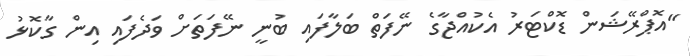
"އޮޕްރޭޝަން ޑޮކްޓަރު އެކުއްޖާގެ ނޭފަތް ބަލާފައި ބުނީ ނޭފަތަށް ވަދެފައި އިން ގާކޮޅު